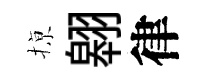
𢱊翱律